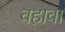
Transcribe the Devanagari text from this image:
वहावा